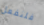
فلنفعل